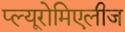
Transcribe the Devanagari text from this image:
प्ल्यूरोमिएलीज